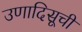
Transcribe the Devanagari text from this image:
उणादिसूची